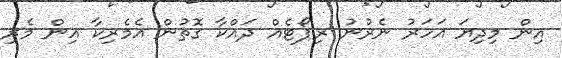
އިން މިދިޔަ އަހަރު ނެރުނު ރިޕޯޓެއް ދައްކާ ގޮތުން އެމެރިކާ އިން މެރި